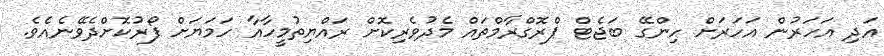
އަދި އަހަރުން އަހަރަށް ހިންގޭ ބަޖެޓް ޕްރޮގްރާމްތައް މެދުވެރިކޮށް ރައްޔިތުމީހާއާ ހަމަޔަށް ފޯރުކޮށްދެވޭނެއެވެ.